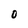
Character: O